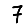
Digit: 7